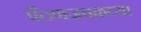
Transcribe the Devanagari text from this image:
पैठणजवळच्या